Civil Veterinary Department. Madras. Admin. report 1910-25 - 1910-1925
Year: 1910
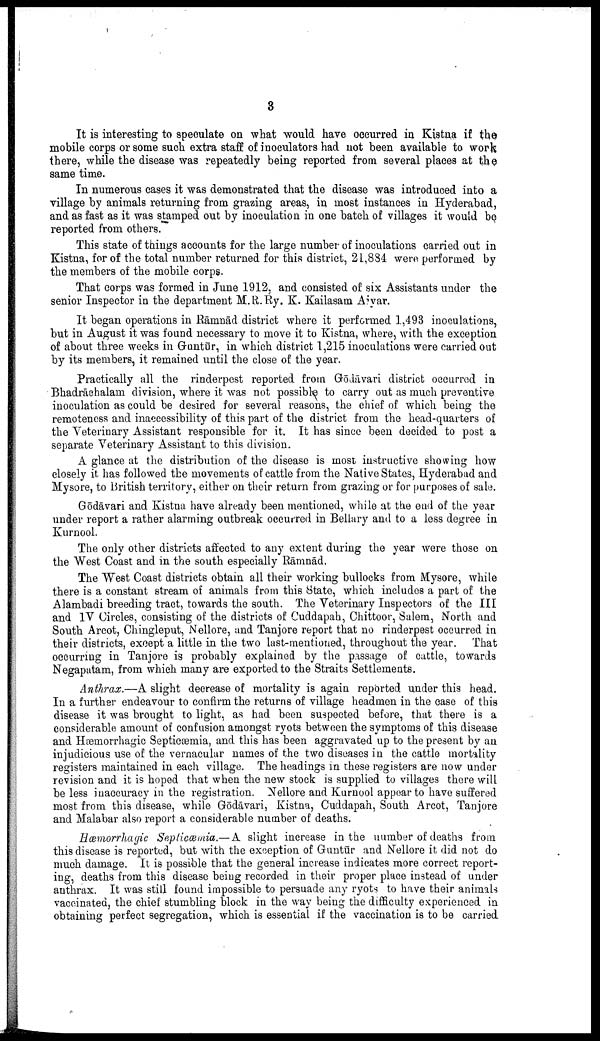
3
It is interesting to speculate on what would have occurred in Kistna if the
mobile corps or some such extra staff of inoculators had not been available to work
there, while the disease was repeatedly being reported from several places at the
same time.
In numerous cases it was demonstrated that the disease was introduced into a
village by animals returning from grazing areas, in most instances in Hyderabad,
and as fast as it was stamped out by inoculation in one batch of villages it would be
reported from others.
This state of things accounts for the large number of inoculations carried out in
Kistna, for of the total number returned for this district, 21,884 were performed by
the members of the mobile corps.
That corps was formed in June 1912. and consisted of six Assistants under the
senior Inspector in the department M.R.Ry. K. Kailasam Aiyar.
It began operations in Rāmnād district where it performed 1,493 inoculations,
but in August it was found necessary to move it to Kistna, where, with the exception
of about three weeks in Guntur, in which district 1,215 inoculations were carried out
by its members, it remained until the close of the year.
Practically all the rinderpest reported from Godāvari district occurred in
Bhadrāchalam division, where it was not possible to carry out as much preventive
inoculation as could be desired for several reasons, the chief of which being the
remoteness and inaccessibility of this part of the district from the head-quarters of
the Veterinary Assistant responsible for it. It has since been decided to post a
separate Veterinary Assistant to this division.
A glance at the distribution of the disease is most instructive showing how
closely it has followed the movements of cattle from the Native States, Hyderabad and
Mysore, to British territory, either on their return from grazing or for purposes of sale.
Gōdāvari and Kistna have already been mentioned, while at the end of the year
under report a rather alarming outbreak occurred in Bellary and to a less degree in
Kurnool.
The only other districts affected to any extent during the year were those on
the West Coast and in the south especially Rāmnād.
The West Coast districts obtain all their working bullocks from Mysore, while
there is a constant stream of animals from this State, which includes a part of the
Alambadi breeding tract, towards the south. The Veterinary Inspectors of the III
and IV Circles, consisting of the districts of Cuddapah, Chittoor, Salem, North and
South Arcot, Chingleput, Nellore, and Tanjore report that no rinderpest occurred in
their districts, except a little in the two last-mentioned, throughout the year. That
occurring in Tanjore is probably explained by the passage of cattle, towards
Negapatam, from which many are exported to the Straits Settlements.
Anthrax.—A slight decrease of mortality is again reported under this head.
In a further endeavour to confirm the returns of village headmen in the case of this
disease it was brought to light, as had been suspected before, that there is a
considerable amount of confusion amongst ryots between the symptoms of this disease
and Hæmorrhagic Septicæmia, and this has been aggravated up to the present by an
injudicious use of the vernacular names of the two diseases in the cattle mortality
registers maintained in each village. The headings in these registers are now under
revision and it is hoped that when the new stock is supplied to villages there will
be less inaccuracy in the registration. Nellore and Kurnool appear to have suffered
most from this disease, while Gōdāvari, Kistna, Cuddapah, South Arcot, Tanjore
and Malabar also report a considerable number of deaths.
Hæmorrhagic Septicæmia.— A slight increase in the number of deaths from
this disease is reported, but with the exception of Guntūr and Nellore it did not do
much damage. It is possible that the general increase indicates more correct report
ing, deaths from this disease being recorded in their proper place instead of under
anthrax. It was still found impossible to persuade any ryots to have their animals
vaccinated, the chief stumbling block in the way being the difficulty experienced in
obtaining perfect segregation, which is essential if the vaccination is to be carried